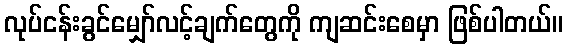
လုပ်ငန်းခွင်မျှော်လင့်ချက်တွေကို ကျဆင်းစေမှာ ဖြစ်ပါတယ်။